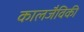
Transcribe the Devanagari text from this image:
कालजैविकी